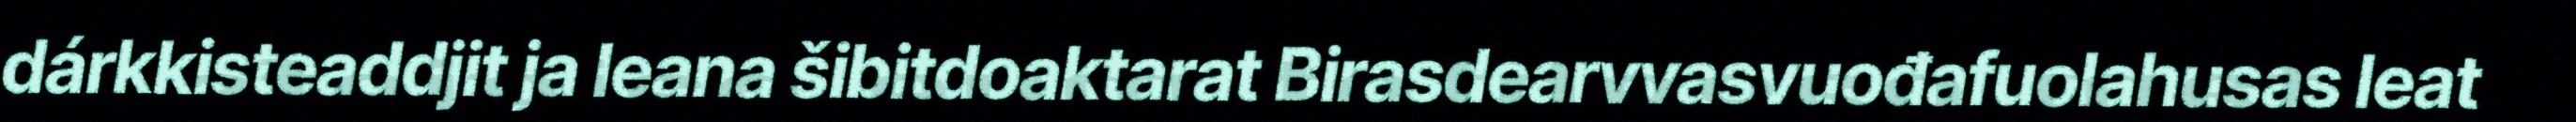
dárkkisteaddjit ja leana šibitdoaktarat Birasdearvvasvuođafuolahusas leat